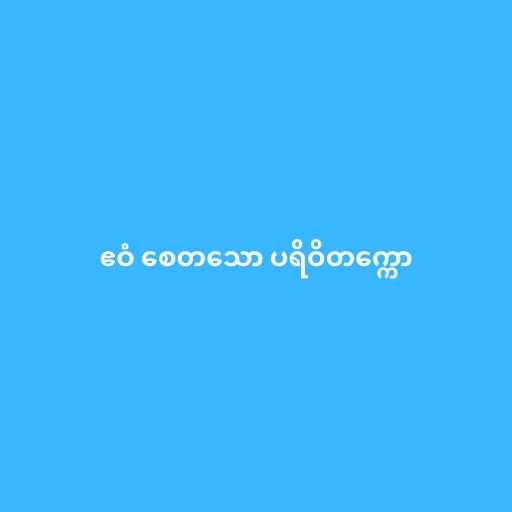
ဧဝံ စေတသော ပရိဝိတက္ကော